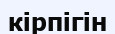
кірпігін